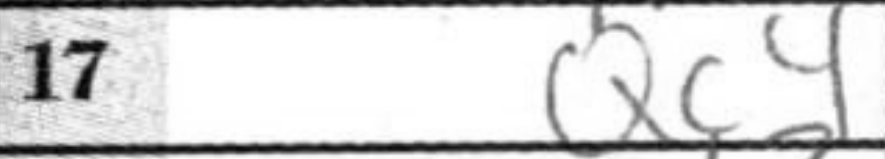
Transcription: Qc4